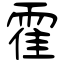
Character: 霍